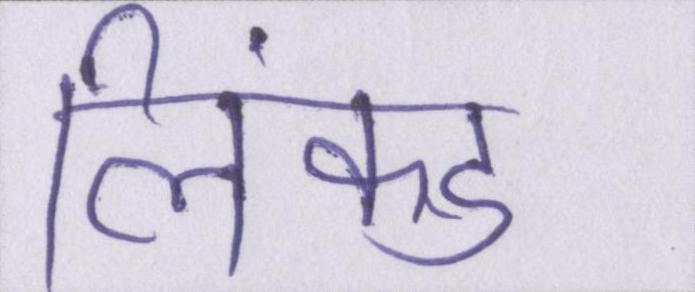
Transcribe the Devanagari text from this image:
लिंक्ड